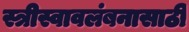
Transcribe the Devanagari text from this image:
स्त्रीस्वावलंबनासाठी